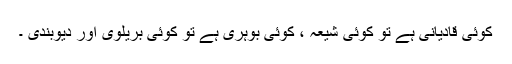
کوئی قادیانی ہے تو کوئی شیعہ ، کوئی بوہری ہے تو کوئی بریلوی اور دیوبندی ۔